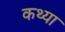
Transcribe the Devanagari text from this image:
कथ्या